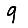
Digit: 9